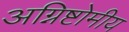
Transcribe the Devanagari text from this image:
अग्निष्टोमीय